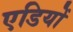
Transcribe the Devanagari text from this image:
एडियों